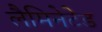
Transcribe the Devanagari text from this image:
लैमिनेटेड